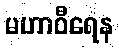
မဟာဝီရေန